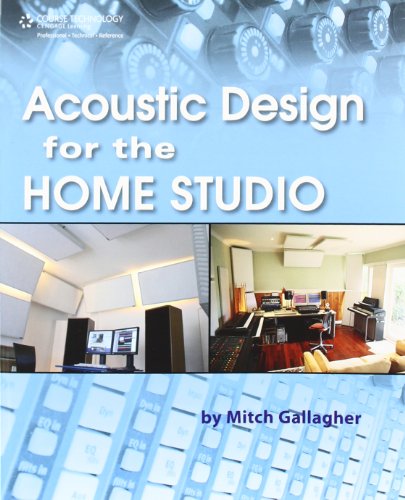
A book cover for Acoustic Design for the Home Studio; Mitch Gallagher; Computers & Technology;